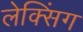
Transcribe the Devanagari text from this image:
लेक्सिंग